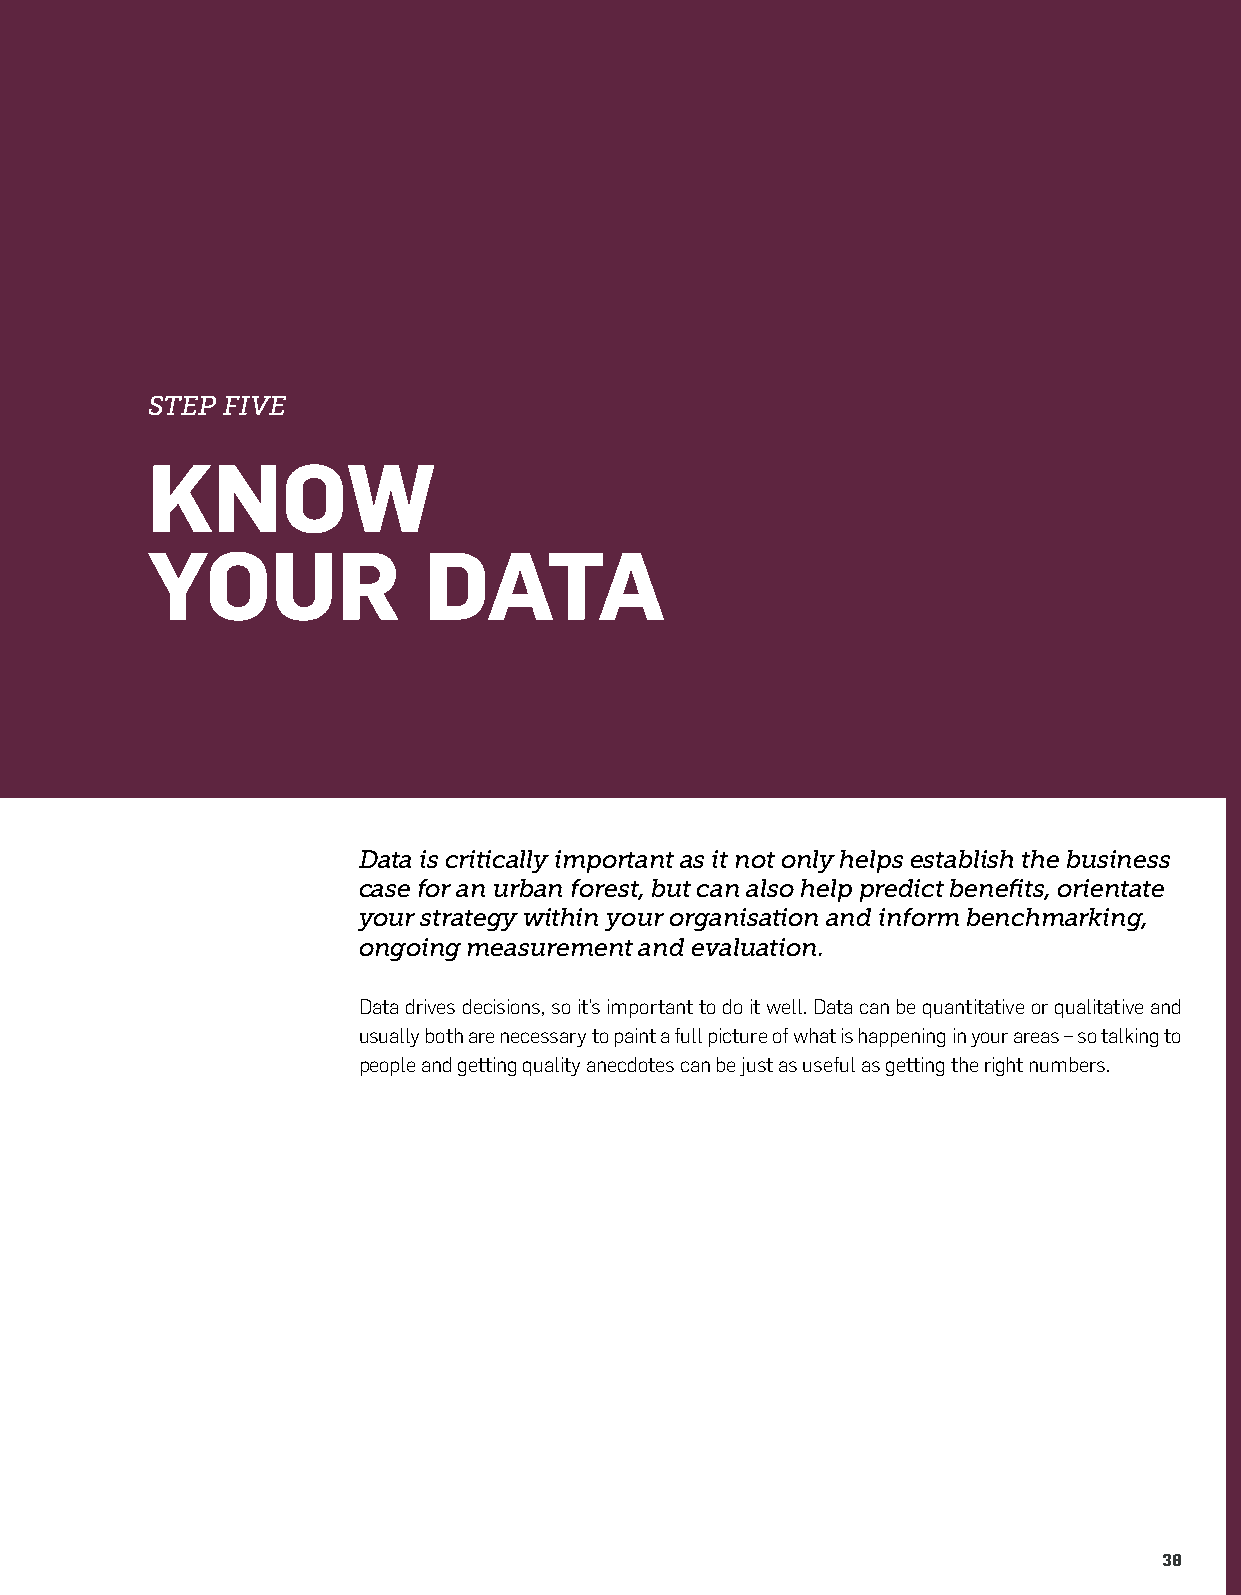
STEP FIVE
 KNOW
 YOUR              DATA
 Data is critically important as it not only helps establish the business
 case for an urban forest, but can also help predict benefits, orientate
 your strategy within your organisation and inform benchmarking,
 ongoing measurement and evaluation.
 Data drives decisions, so it’s important to do it well. Data can be quantitative or qualitative and
 usually both are necessary to paint a full picture of what is happening in your areas – so talking to
 people and getting quality anecdotes can be just as useful as getting the right numbers.
 38